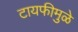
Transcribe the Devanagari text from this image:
टायफीमुळे